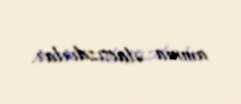
amma əlacsızdırlar.